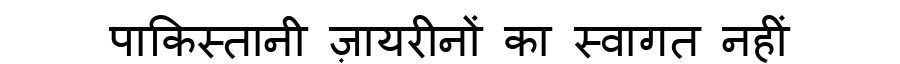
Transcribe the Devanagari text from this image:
पाकिस्तानी ज़ायरीनों का स्वागत नहीं